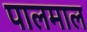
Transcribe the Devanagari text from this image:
पालमाल